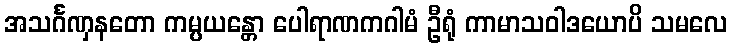
အသင်္ဂဏှနတော ကမ္ပယန္တော ပေါရာဏကဂါမံ ဦရုံ ကာမာသဝါဒယောပိ သမလေ